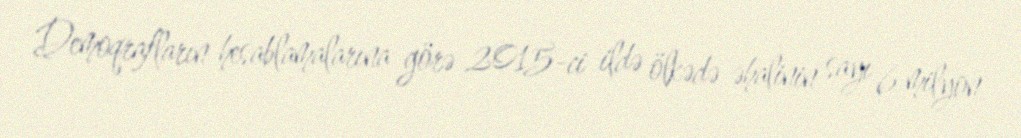
Demoqrafların hesablamalarına görə 2015-ci ildə ölkədə əhalinin sayı 6 milyon